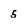
Character: 5